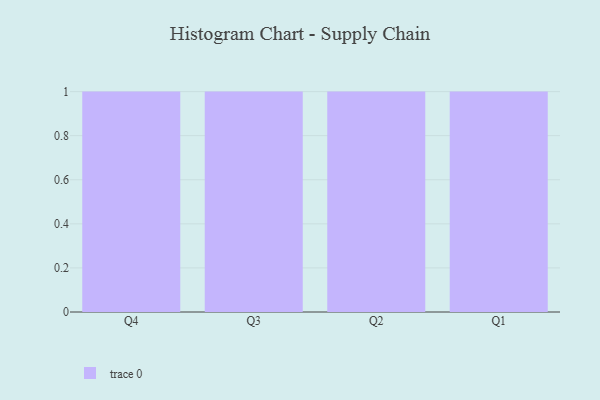
{"axis": {"x": "Quarter", "y": "Satisfaction Score"}, "legend": [""], "data": [{"x": "Q4", "y": 18, "type": ""}, {"x": "Q3", "y": 2, "type": ""}, {"x": "Q2", "y": 21, "type": ""}, {"x": "Q1", "y": 10, "type": ""}]}